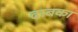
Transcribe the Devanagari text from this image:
ढाबका